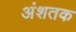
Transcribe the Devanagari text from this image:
अंशतक